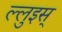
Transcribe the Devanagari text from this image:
ल्लुइस्